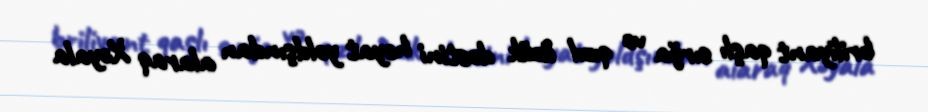
briliyant qaşlı sırğa və qızıl üzük dəstini həyat yoldşından alaraq Xəyala